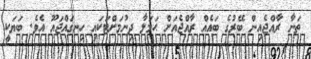
ތަނާ ރާއްޖެއިން ބޭރުގެ ބައެއް ރާއްޖެއަށް ޙަމަލާ ދިނުމަށްޓަކައި ހިނގައްޖައޫ އެވެ. ބަޔަކީ